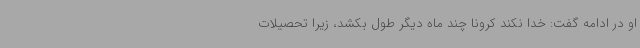
او در ادامه گفت: خدا نکند کرونا چند ماه دیگر طول بکشد، زیرا تحصیلات